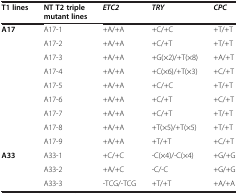
<table><thead><tr><td><b>T1 lines</b></td><td><b>NT T2 triple mutant lines</b></td><td><b><i>ETC2</i></b></td><td><b><i>TRY</i></b></td><td><b><i>CPC</i></b></td></tr></thead><tbody><tr><td rowspan="9"><b>A17</b></td><td>A17-1</td><td>+A/+A</td><td>+C/+C</td><td>+T/+T</td></tr><tr><td>A17-2</td><td>+A/+A</td><td>+C/+T</td><td>+T/+T</td></tr><tr><td>A17-3</td><td>+A/+A</td><td>+G(×2)/+T(×8)</td><td>+A/+T</td></tr><tr><td>A17-4</td><td>+A/+A</td><td>+C(×6)/+T(×3)</td><td>+C/+T</td></tr><tr><td>A17-5</td><td>+A/+A</td><td>+C/+C</td><td>+T/+T</td></tr><tr><td>A17-6</td><td>+A/+A</td><td>+C/+T</td><td>+C/+T</td></tr><tr><td>A17-7</td><td>+A/+A</td><td>+C/+T</td><td>+T/+T</td></tr><tr><td>A17-8</td><td>+A/+A</td><td>+T(×5)/+T(×5)</td><td>+T/+T</td></tr><tr><td>A17-9</td><td>+A/+A</td><td>+T/+T</td><td>+C/+T</td></tr><tr><td rowspan="3"><b>A33</b></td><td>A33-1</td><td>+C/+C</td><td>-C(×4)/-C(×4)</td><td>+G/+G</td></tr><tr><td>A33-2</td><td>+A/+C</td><td>-C/-C</td><td>+G/+G</td></tr><tr><td>A33-3</td><td>-TCG/-TCG</td><td>+T/+T</td><td>+A/+A</td></tr></tbody></table>